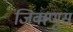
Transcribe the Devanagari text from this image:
जिवाणूस